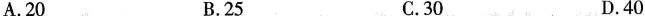
A.20 B.25 C.30 D.40